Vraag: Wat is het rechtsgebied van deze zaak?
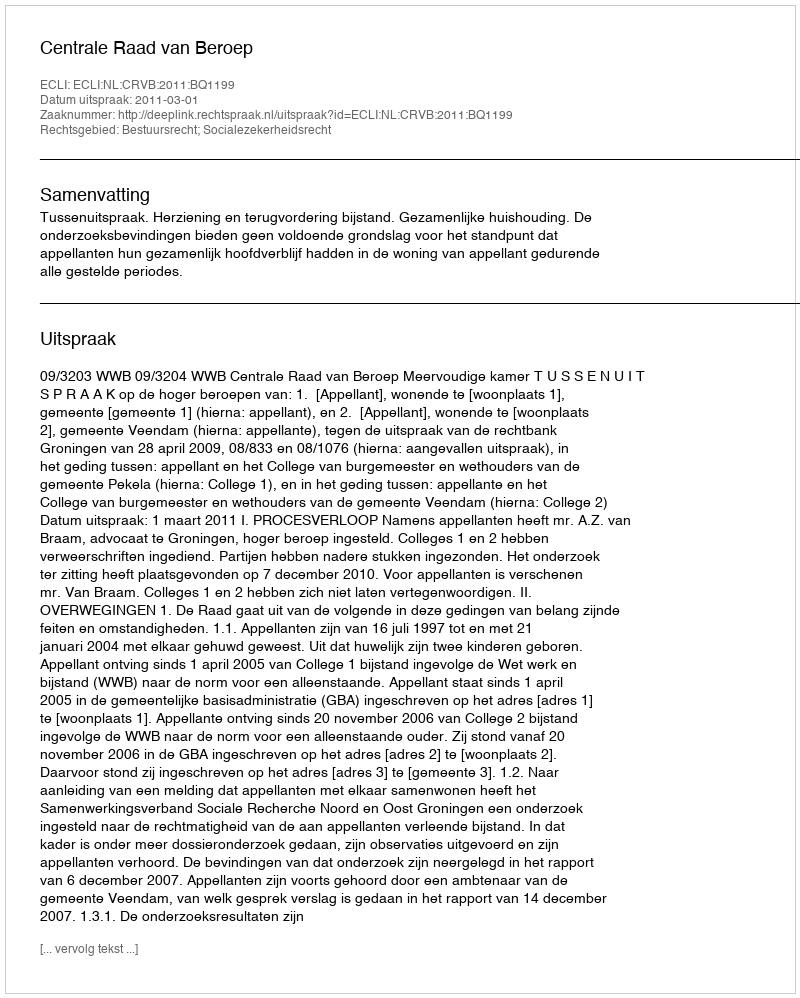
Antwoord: Bestuursrecht; Socialezekerheidsrecht